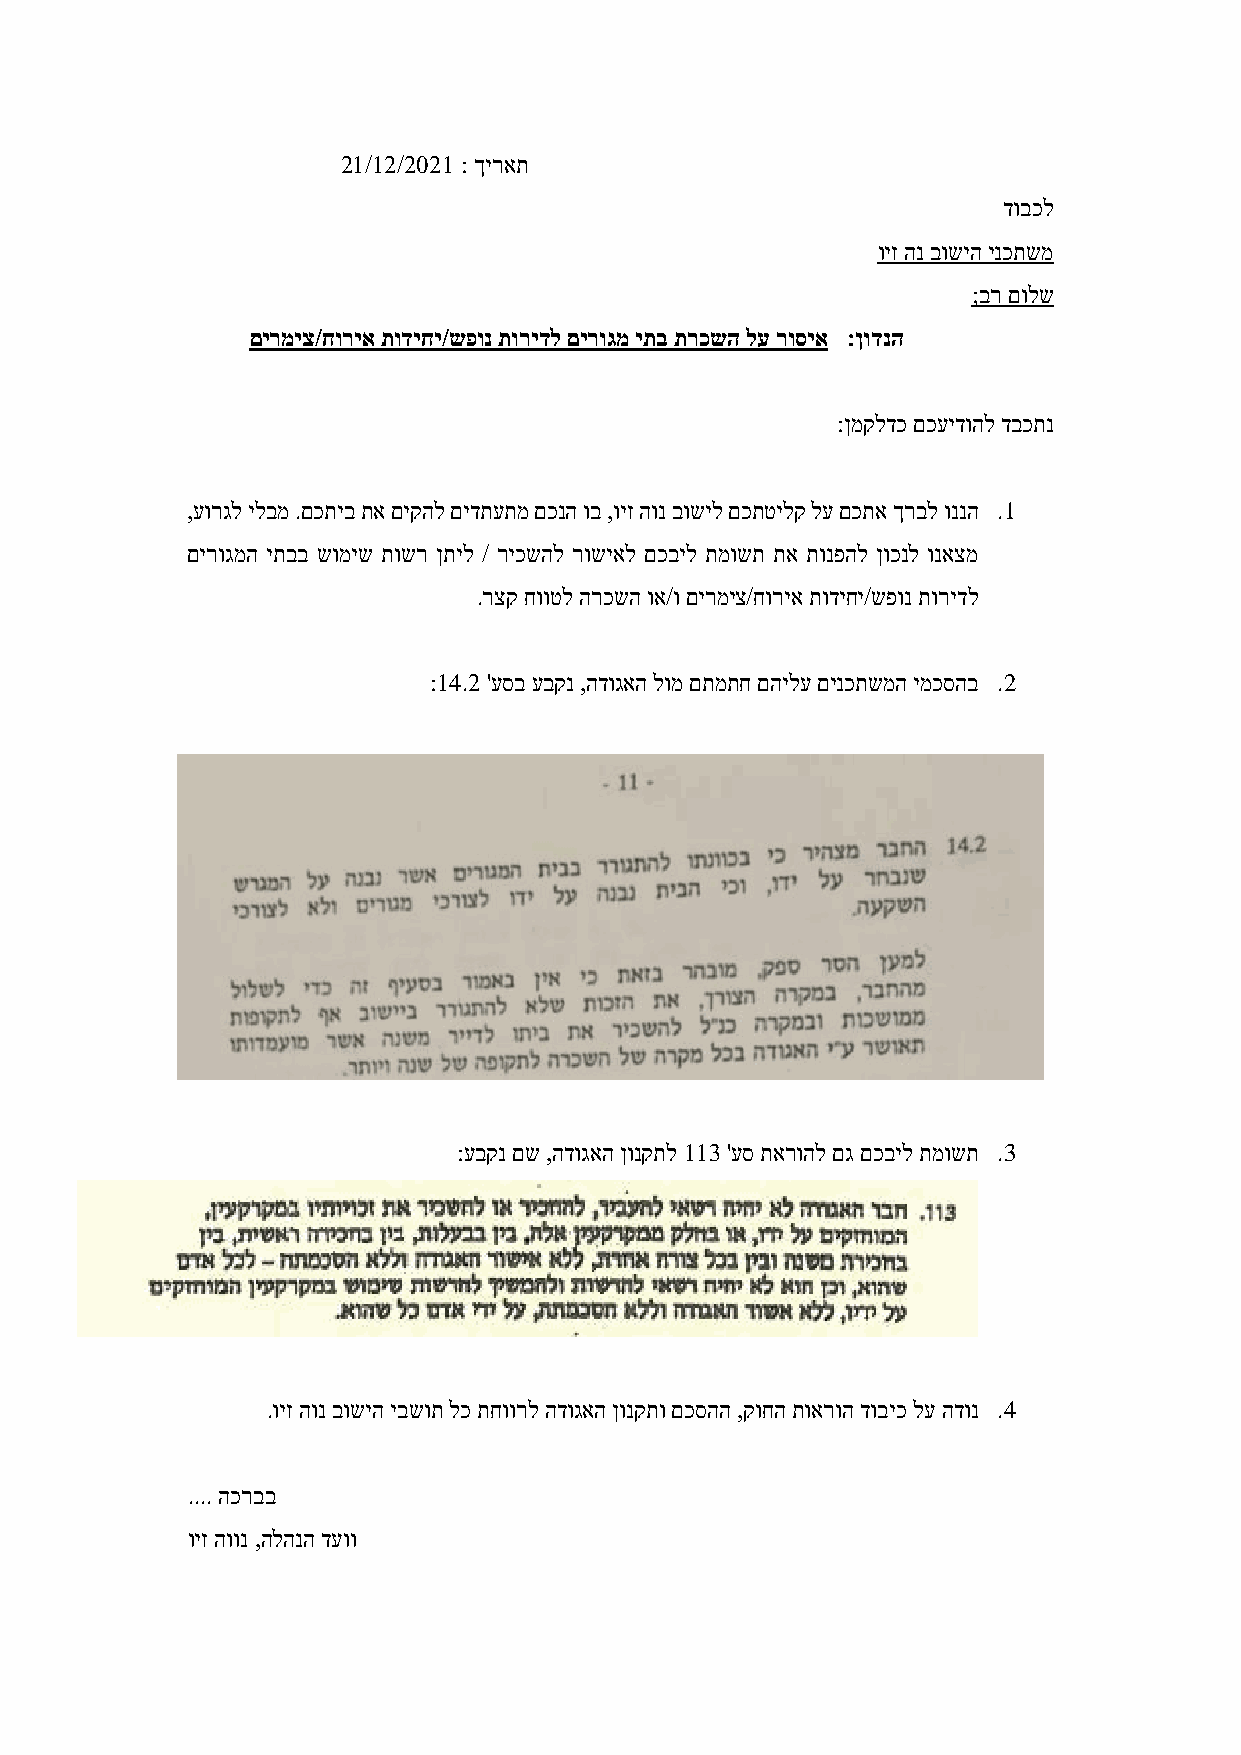
21/12/2021 : ךיראת
 דובכל
 ויז הנ בושיה ינכתשמ
 ;בר םולש
 םירמיצ/חוריא תודיחי/שפונ תורידל םירוגמ יתב תרכשה לע רוסיא :ןודנה
 :ןמקלדכ םכעידוהל דבכתנ
 ,עורגל ילבמ .םכתיב תא םיקהל םידתעתמ םכנה וב ,ויז הונ בושיל םכתטילק לע םכתא ךרבל וננה .1
 םירוגמה יתבב שומיש תושר ןתיל / ריכשהל רושיאל םכביל תמושת תא תונפהל ןוכנל ונאצמ
 .רצק חווטל הרכשה וא/ו םירמיצ/חוריא תודיחי/שפונ תורידל
 :14.2 'עסב עבקנ ,הדוגאה לומ םתמתח םהילע םינכתשמה ימכסהב .2
 :עבקנ םש ,הדוגאה ןונקתל 113 'עס תארוהל םג םכביל תמושת .3
 .ויז הונ בושיה יבשות לכ תחוורל הדוגאה ןונקתו םכסהה ,קוחה תוארוה דוביכ לע הדונ .4
 .... הכרבב
 ויז הוונ ,הלהנה דעוו